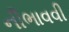
નીભાવવી